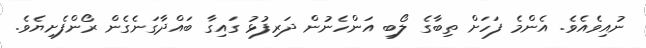
ނުއިވެއެވެ. އެންމެ ފަހަށް ތިބާގެ ލޯބި އަންހެނުން ދަރިފުޅު ގައިގާ ބައްދާގަނެގެން ރޯންފެށިޔެވެ.